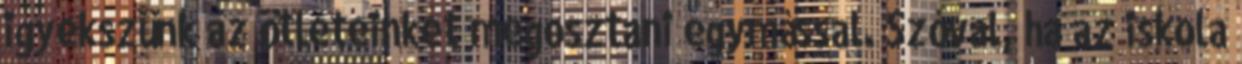
igyekszünk az ötleteinket megosztani egymással. Szóval, ha az iskola